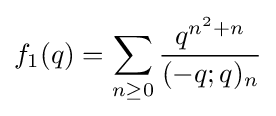
f_{1}(q)=\sum _{n\geq 0}{\frac {q^{n^{2}+n}}{(-q;q)_{n}}}